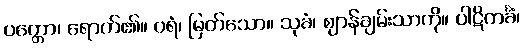
ပတ္တော၊ ရောက်၏။ ဝရံ၊ မြတ်သော။ သုခံ၊ ဈာန်ချမ်းသာကို။ ပါဋိကင်္ခံ၊